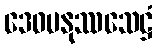
ဒေဝမနုဿသေဋ္ဌံ